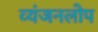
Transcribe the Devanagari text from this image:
व्यंजनलोप